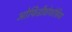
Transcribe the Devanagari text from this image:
ओफिडीवोफोबिया